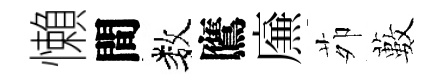
懶間数鷹㢘茆藪